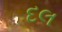
દલ